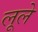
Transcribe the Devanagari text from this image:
लूले